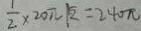
\frac { 1 } { 2 } \times 2 0 \pi k = 2 4 0 \pi